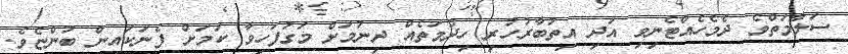
ސަލާމަތްވެ ދެމެހެއްޓެނިވި އަދި އިތުބާރުހުރި ހިދުމަތެއް ދިނުމަށް މަގުފަހިވާ ކަމަށް ފެނަކައިން ބުންޏެވެ.